Trukikaitis_Postimees, lk 8
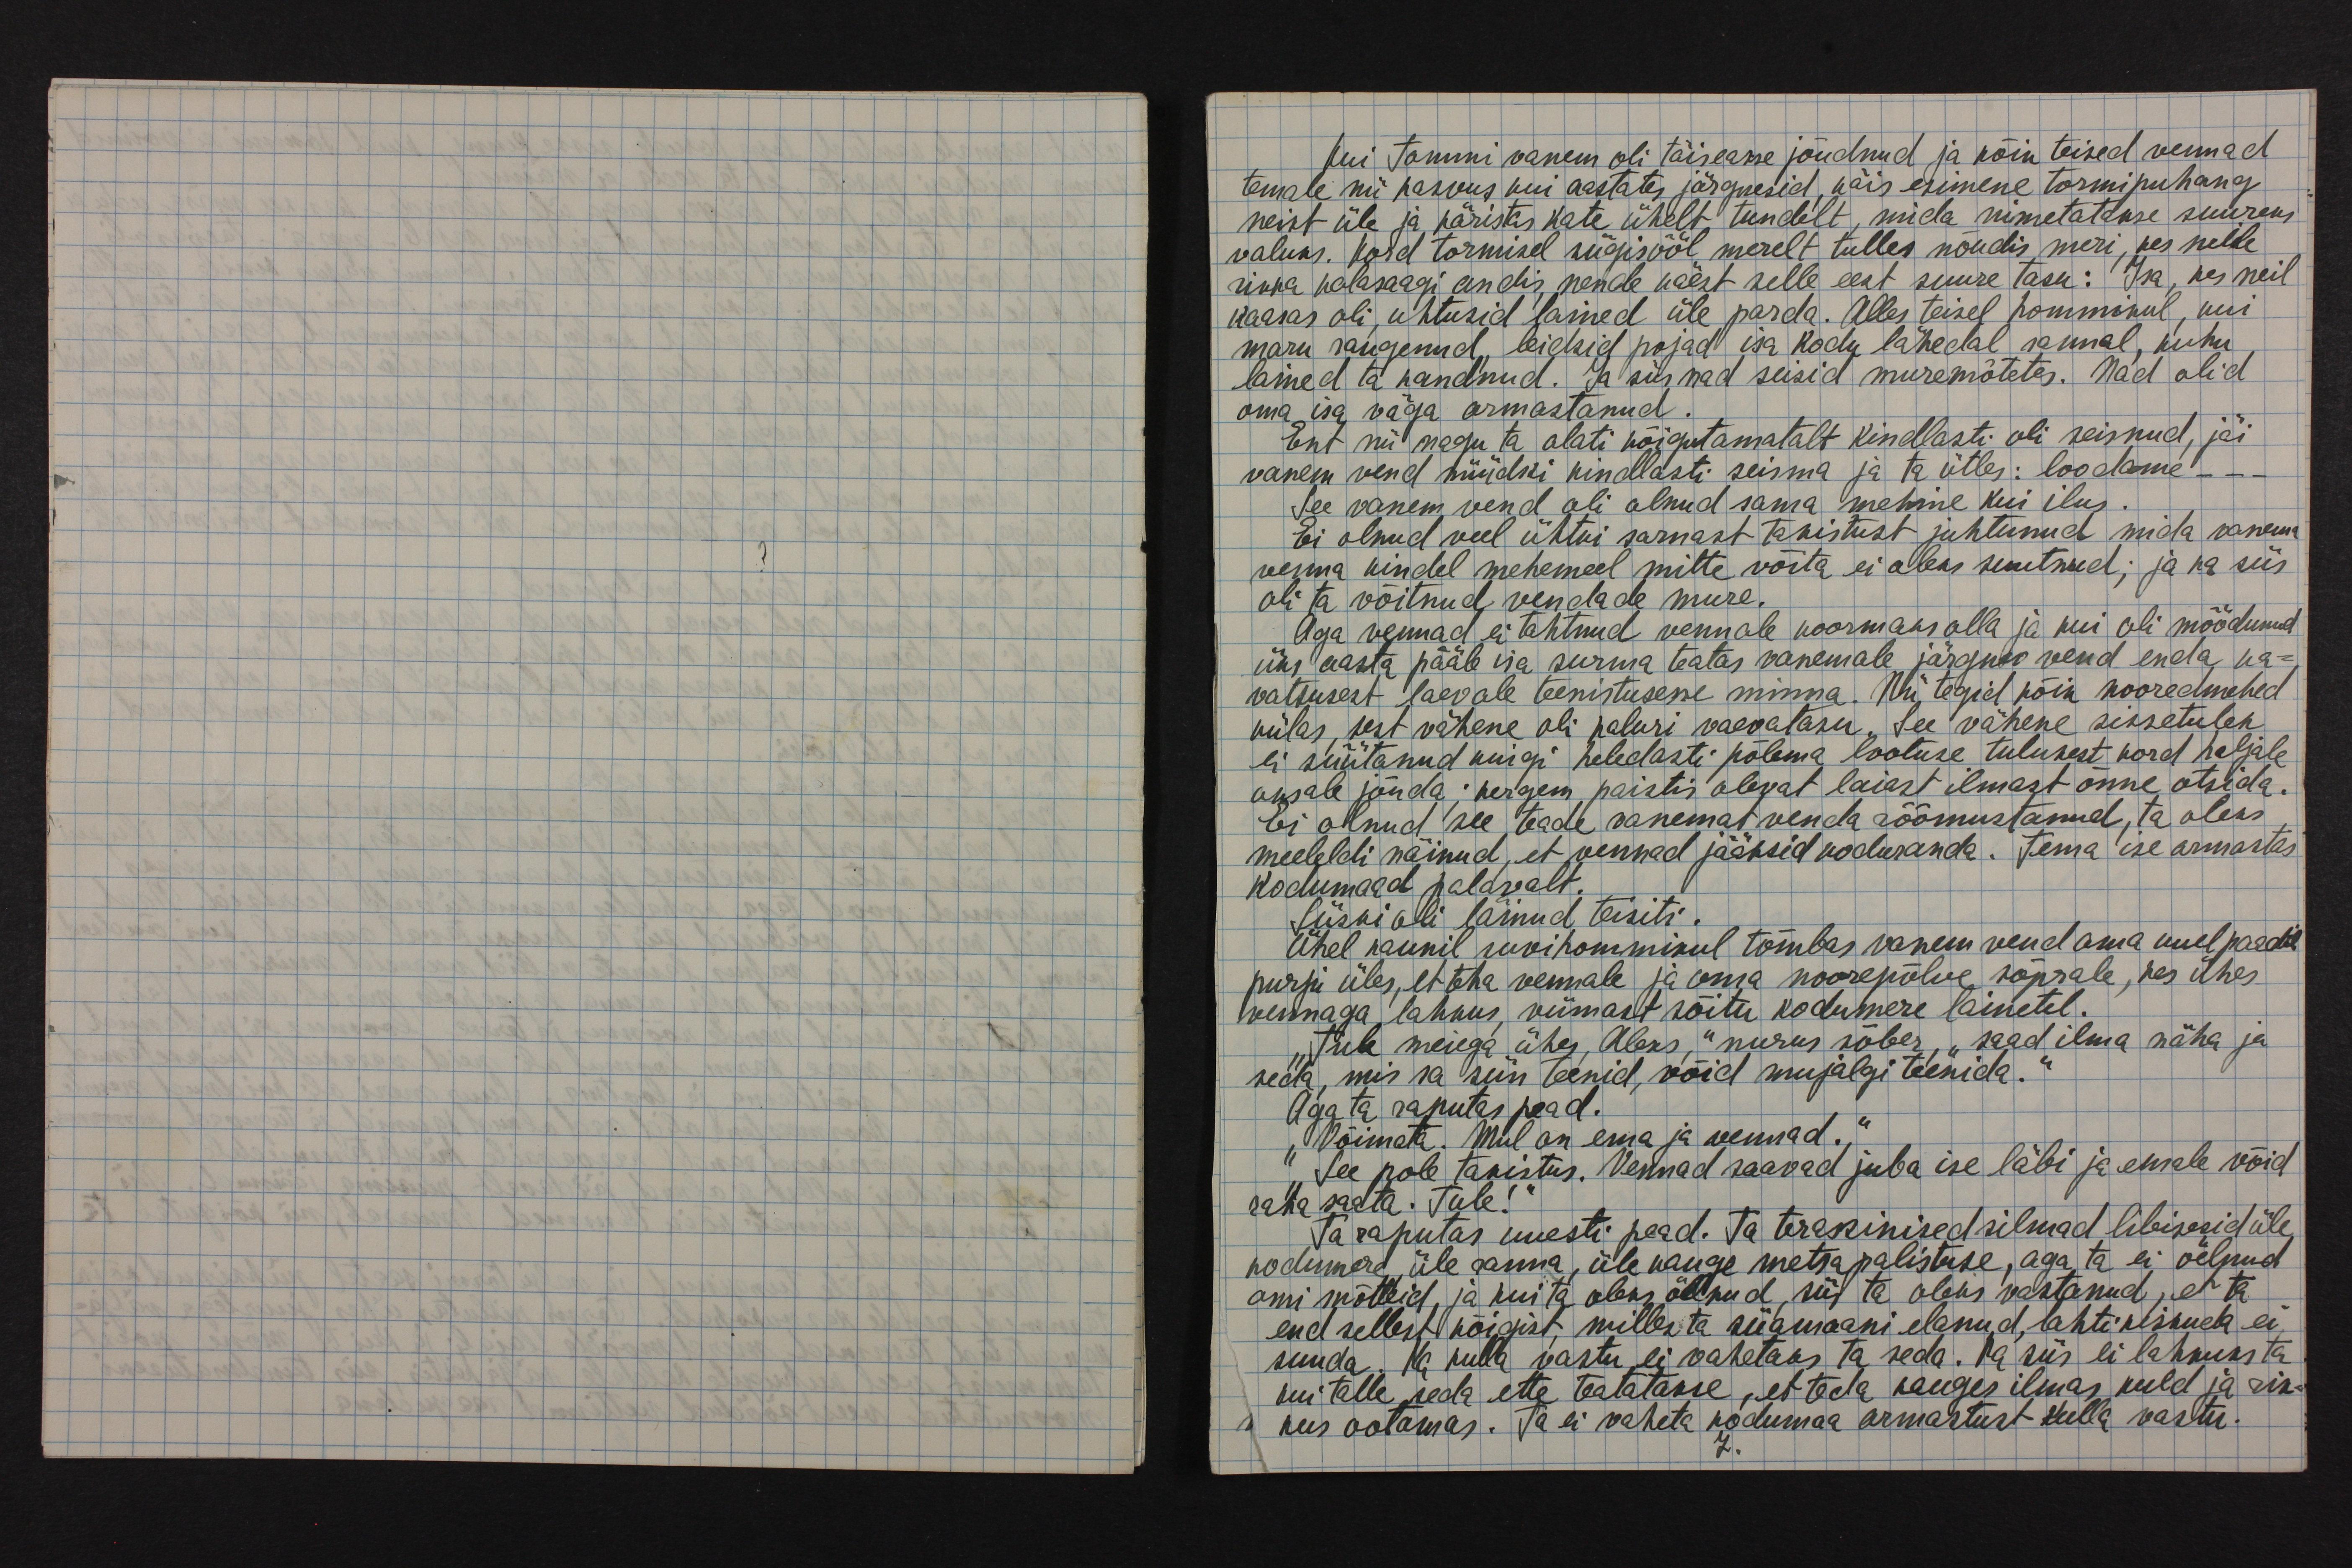
Kui Tommi vanem oli täiseasse jõudnud ja kõik teised vennad
temale nii kasvus kui aastates järgnesid, käis esimene tormipuhang
neist üle ja käristas kate ühelt ühelt tundelt, mida nimetatakse suureks
valuks. Kord tormisel sügisööl merelt tulles nõudis meri, kes neile
sinna kalasaagi andis, nende käest selle eest suure tasu: Isa, kes neil
kaasas oli, uhtusid lained üle parda. Alles teisel hommikul, kui
maru raugenud, leidsid pojad isa kodu lähedal rannal, kuhu
lained ta kandnud. Ja siis nad seisid muremõtetes. Nad olid
oma isa väga armastanud.
Ent nii nagu ta alati kõigutamatalt kindlasti oli seisnud, jäi
vanem vend nüüdki kindlasti seisma ja ta ütles: loodame _ _ _
See vanem vend oli olnud sama mehine kui ilus.
Ei olnud veel ühtki sarnast takistust juhtunud mida vanema
venna kindel mehemeel mitte võita ei oleks suutnud, ja ka siis
oli ta võitnud vendade mure.
Aga vennad ei tohtinud vennale koormaks olla ja kui oli möödunud
üks aasta pääle isa surma teatas vanemale järgnev vend enda ka-
vatsusest laevale teenistusse minna. Nii tegid kõik nooredmehed
külas, sest vähene oli kaluri vaevatasu. See vähene sissetulek
ei süütanud kuigi heledasti põlema lootuse tulekust kord haljale
oksale jõuda; kergem paistis olevat laiast ilmast õnne otsida.
Ei olnud see teade vanemat venda rõõmustanud, ta oleks
meeleldi näinud, et vennad jääksid koduranda. Tema ise armastas
kodumaad palavalt.
Siiski oli läinud teisiti.
Ühel kaunil suvihommikul tõmbas vanem vend oma uuel paadil
purje üles, et teha vennale ja oma noorepõlve sõprale, kes ühes
vennaga lahkus, viimast sõitu kodumere lainetel.
"Tule meiega ühes, Aleks," nurus sõber, "saad ilma näha ja
seda, mis sa siis teenid, võid mujalgi teenida."
Aga ta raputas pead.
"Võimatu. Mul on ema ja vennad."
"See pole takistus. Vennad saavad juba ise läbi ja emale võid
raha saata. Tule!"
Ta raputas uuesti pead. Ta terasinised silmad libisesid üle
kodumere, üle ranna, üle kauge metsapalistuse, aga ta ei öelnud
omi mõtteid, ja kui ta oleks öelnud, siis ta oleks vastanud, et ta
end sellest kõigist, milles ta siiamaani elanud, lahti kiskuda ei
suuda. Ka kulla vastu ei vahetaks ta seda. Ka siis ei lahkuks ta
kui talle seda ette teatatakse, et teda kauges ilmas kuld ja rik-
-kus ootamas. Ta ei vaheta kodumaa armastust kulla vastu.